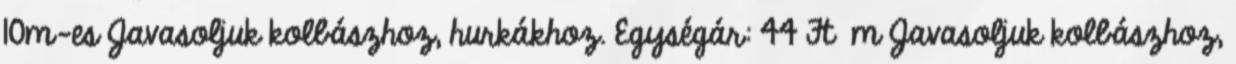
10m-es Javasoljuk kolbászhoz, hurkákhoz. Egységár: 44 Ft m Javasoljuk kolbászhoz,